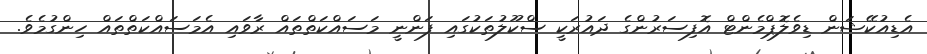
އެޑިއުކޭޝަން ޑިވެލޮޕްމެންޓް އޮފިސަރުންގެ ދައުރަކީ ސްކޫލުތަކުގައި ފަންނީ މަސައްކަތްތައް ރާވައި އެމަސައްކަތްތައް ހިންގުމެވެ.